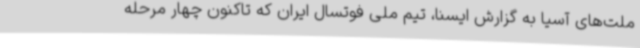
ملت‌های آسیا به گزارش ایسنا، تیم ملی فوتسال ایران که تاکنون چهار مرحله